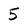
Character: 5